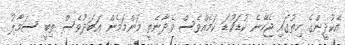
އެކުދީންގެ ހިތުގައި ޖެހޭނެ ކުޑަކުޑަ ކަމެއްވެސް ވެދާނެތީ މަންމަމެން އަބަދުވެސް ތިބީ ސަމާލު